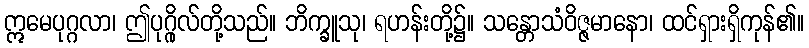
ဣမေပုဂ္ဂလာ၊ ဤပုဂ္ဂိုလ်တို့သည်။ ဘိက္ခူသု၊ ရဟန်းတို့၌။ သန္တောသံဝိဇ္ဇမာနော၊ ထင်ရှားရှိကုန်၏။